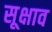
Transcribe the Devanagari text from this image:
सूक्षाव